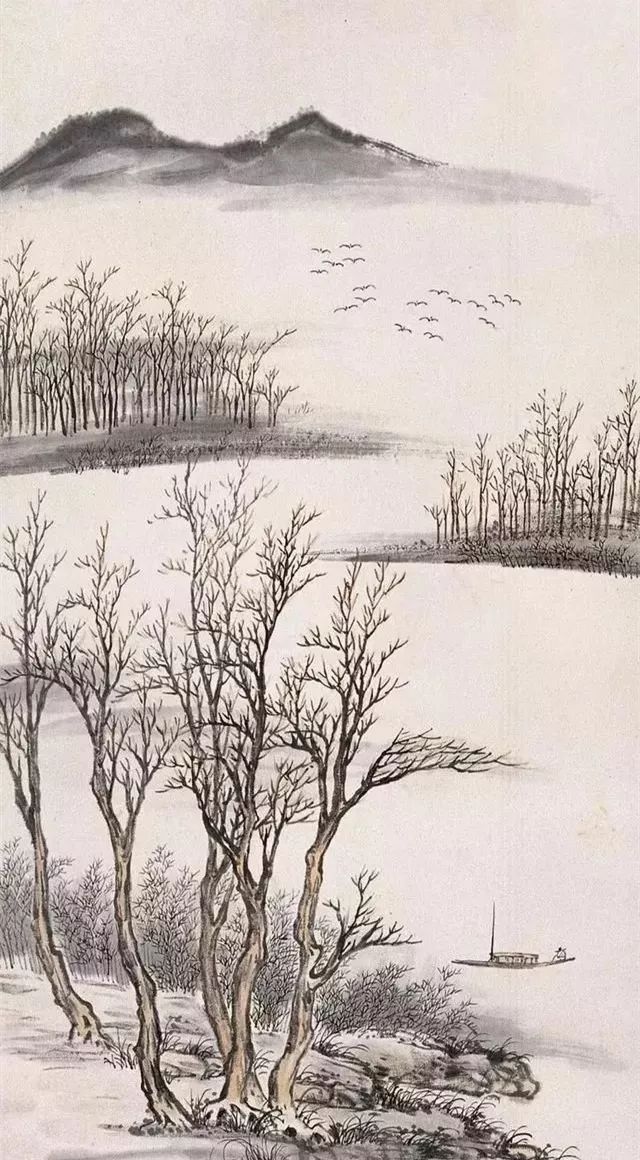
秋寂寞。秋风夜雨伤离索。